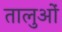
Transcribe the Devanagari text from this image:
तालुओं